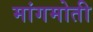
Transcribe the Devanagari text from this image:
मांगमोती